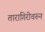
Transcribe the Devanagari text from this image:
तारागिरीवरुन